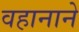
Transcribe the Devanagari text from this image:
वहानाने